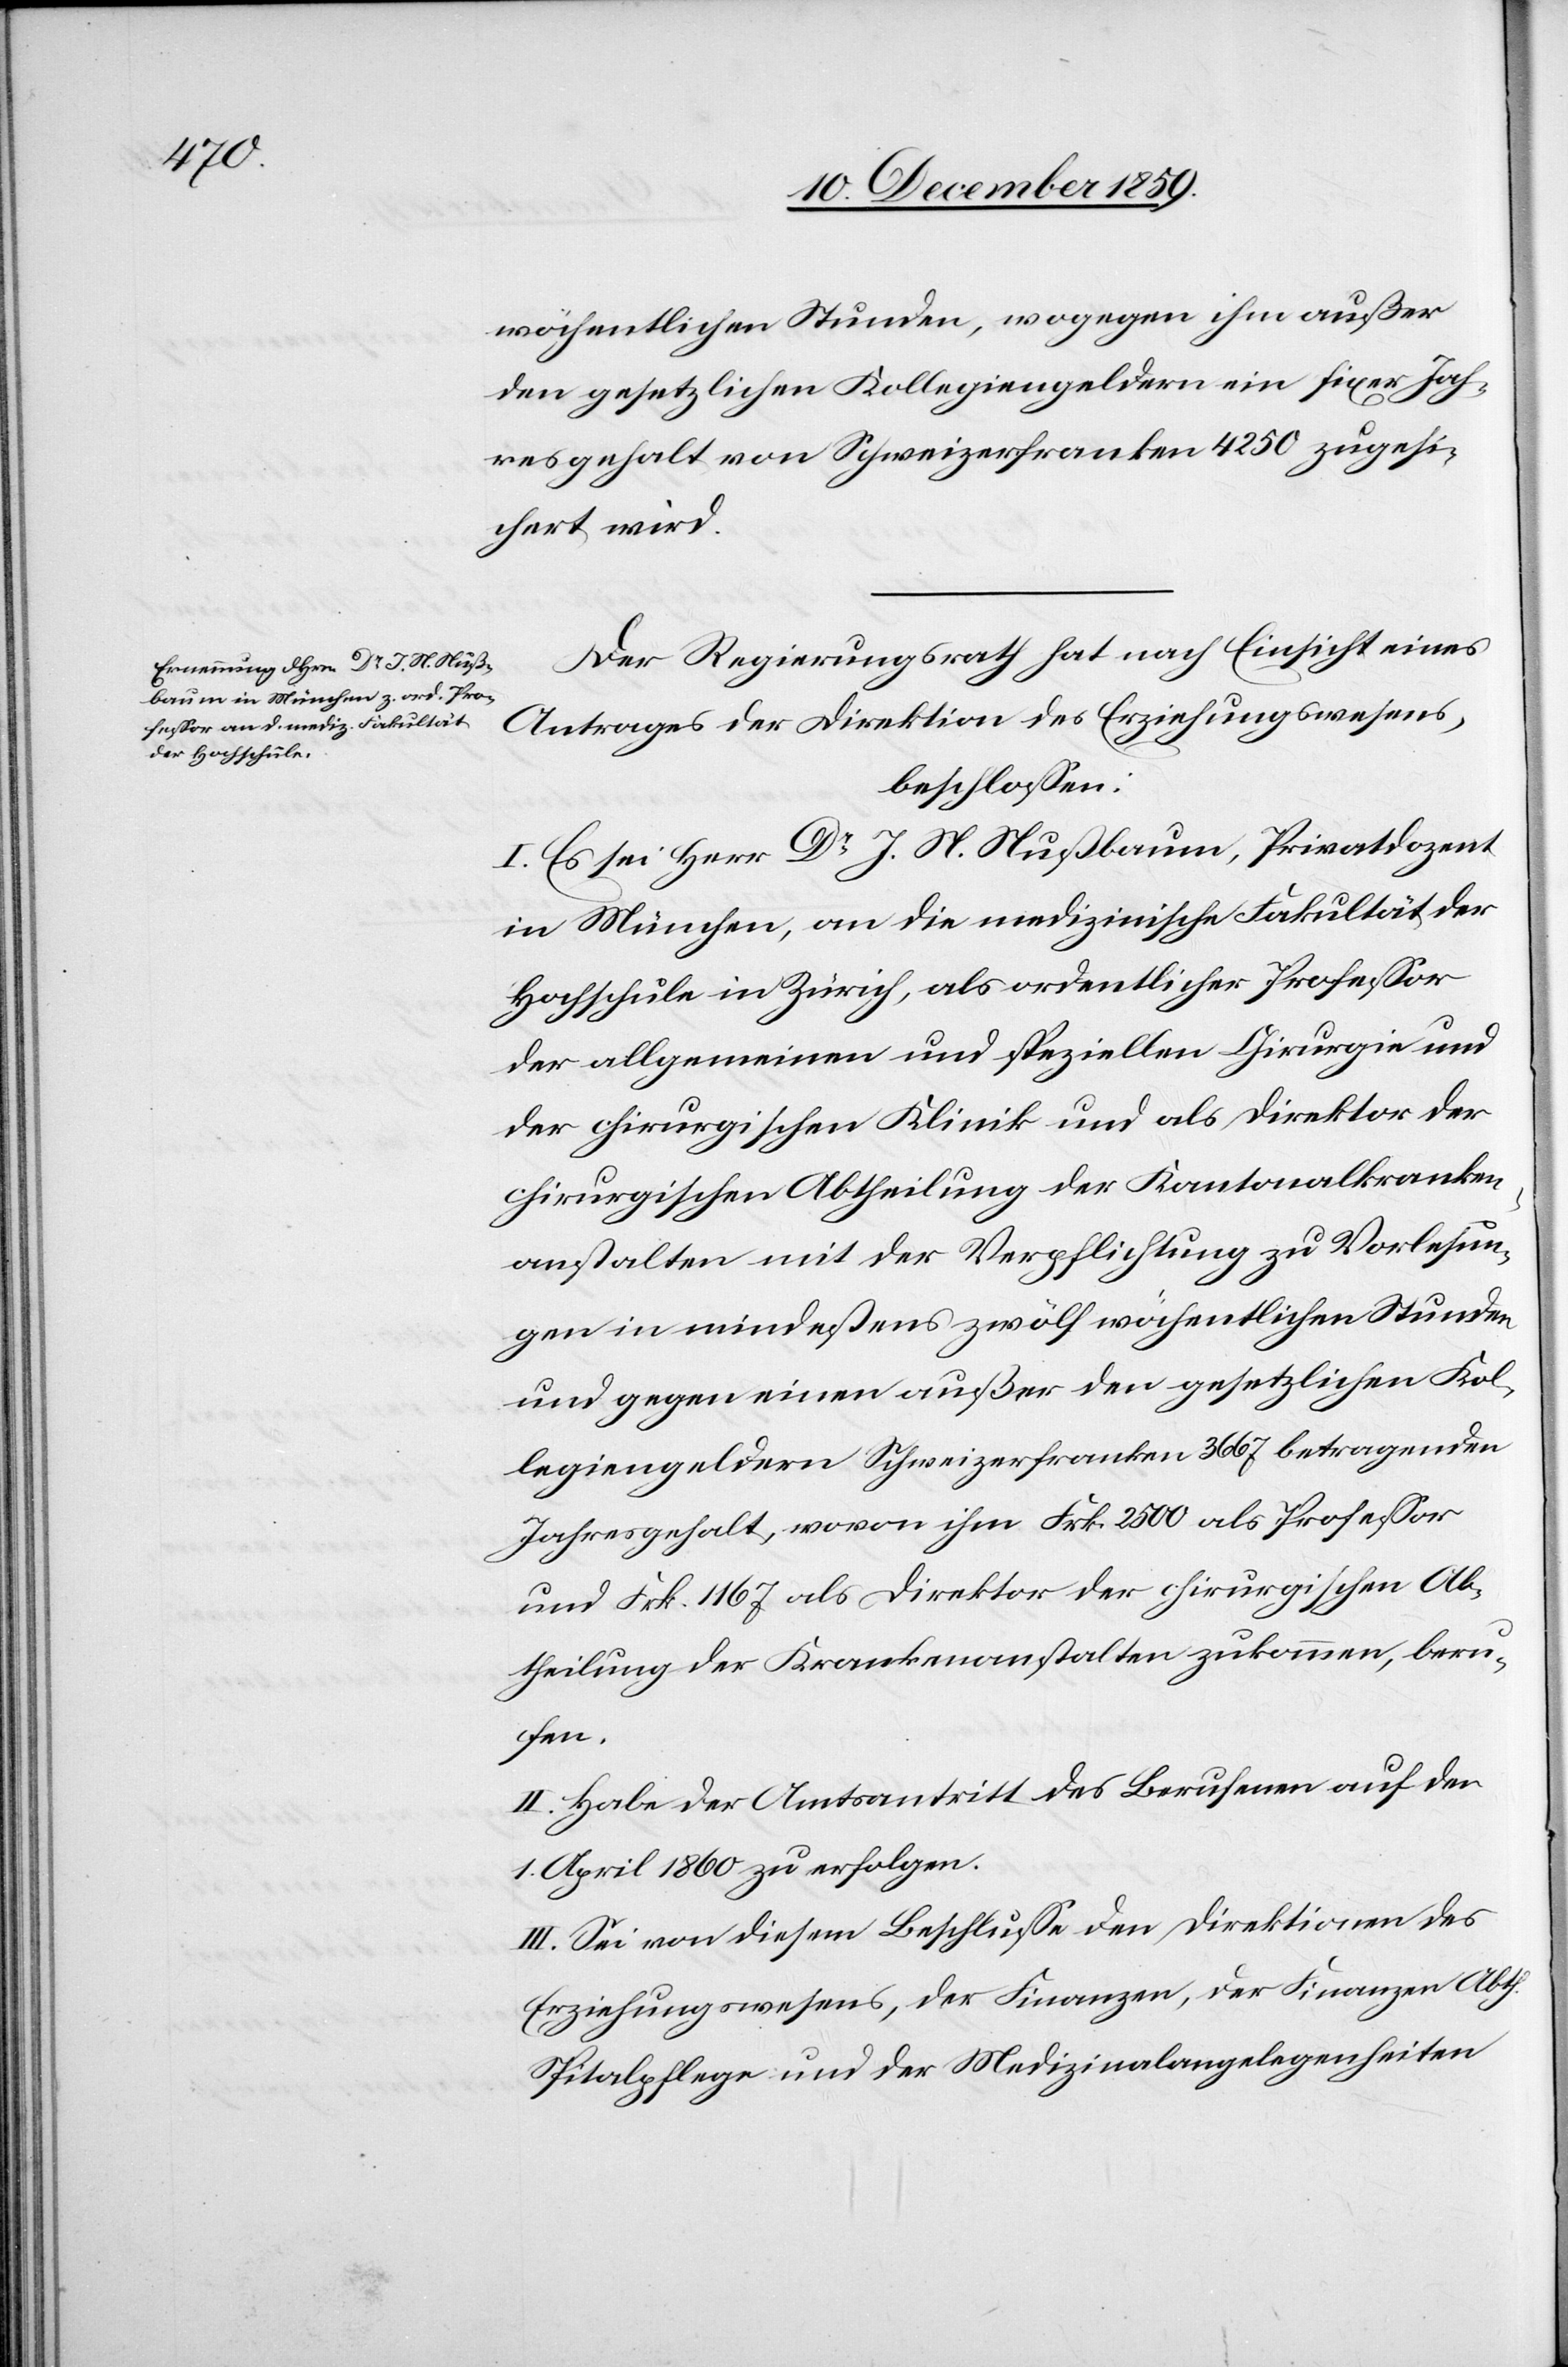
wöchentlichen Stunden, wogegen ihm außer
den gesetzlichen Kollegiengeldern ein fixer [sic!]
Jahresgehalt von Schweizerfranken 4250 zugesi¬
chert wird.
Der Regierungsrath hat nach Einsicht eines
Antrages der Direktion des Erziehungswesens,
beschlossen:
I. Es sei Herr Dr J. N. Nußbaum, Privatdozent
in München, an die medizinische Fakultät der
Hochschule in Zürich, als ordentlicher Professor
der allgemeinen und speziellen Chirurgie und
der chirurgischen Klinik und als Direktor der
chirurgischen Abtheilung der Kantonalkranken¬
anstalten mit der Verpflichtung zu Vorlesun¬
gen in mindestens zwölf wöchentlichen Stunden
und gegen einen außer den gesetzlichen Kol¬
legiengeldern Schweizerfranken 3667 betragenden
Jahresgehalt, wovon ihm Frk. 2500 als Professor
und Frk. 1167 als Direktor der chirurgischen Ab¬
theilung der Krankenanstalten zukommen, beru¬
fen.
II. Habe der Amtsantritt des Berufenen auf den
1. April 1860 zu erfolgen.
III. Sei von diesem Beschlusse den Direktionen des
Erziehungswesens, der Finanzen, der Finanzen Abth.
Spitalpflege und der Medizinalangelegenheiten